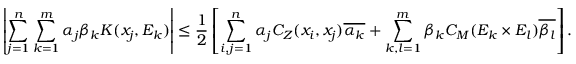
\left| \sum _ { j = 1 } ^ { n } \sum _ { k = 1 } ^ { m } \alpha _ { j } \beta _ { k } K ( x _ { j } , E _ { k } ) \right| \leq \frac { 1 } { 2 } \left[ \sum _ { i , j = 1 } ^ { n } \alpha _ { j } C _ { Z } ( x _ { i } , x _ { j } ) \overline { { \alpha _ { k } } } + \sum _ { k , l = 1 } ^ { m } \beta _ { k } C _ { M } ( E _ { k } \times E _ { l } ) \overline { { \beta _ { l } } } \right] .